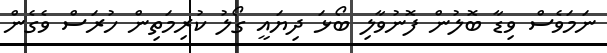
ނަމަވެސް ވިޑާ ބޮލުން ފޮނުވާލި ބޯޅަ ދިޔައީ ގޯލު ކުރިމަތިން ހުރަސް ވެގެން